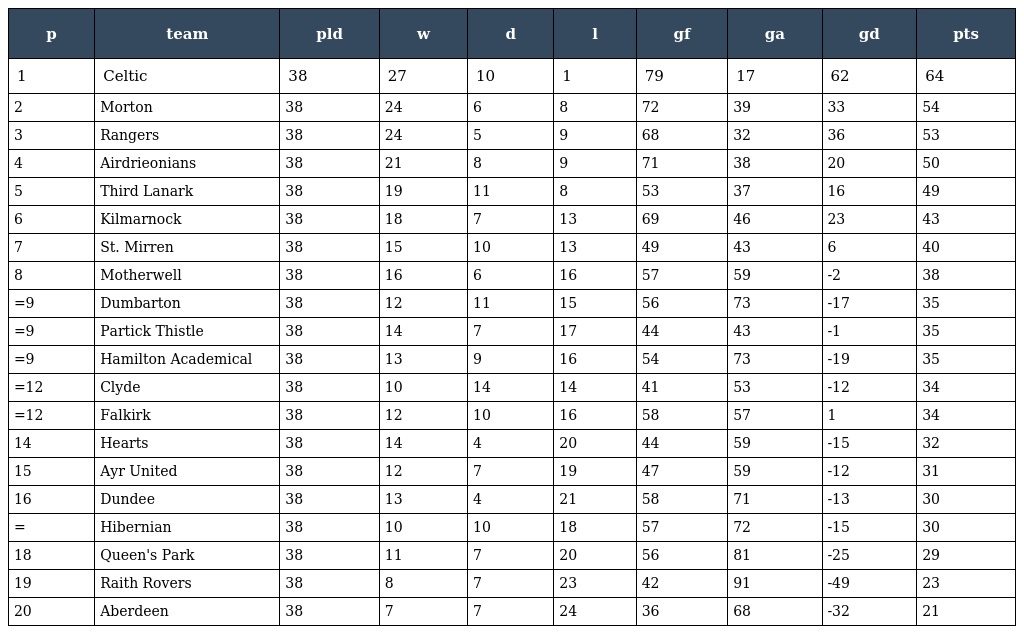
| p | team | pld | w | d | l | gf | ga | gd | pts |
 | --- | --- | --- | --- | --- | --- | --- | --- | --- | --- |
 | 1 | Celtic | 38 | 27 | 10 | 1 | 79 | 17 | 62 | 64 |
 | 2 | Morton | 38 | 24 | 6 | 8 | 72 | 39 | 33 | 54 |
 | 3 | Rangers | 38 | 24 | 5 | 9 | 68 | 32 | 36 | 53 |
 | 4 | Airdrieonians | 38 | 21 | 8 | 9 | 71 | 38 | 20 | 50 |
 | 5 | Third Lanark | 38 | 19 | 11 | 8 | 53 | 37 | 16 | 49 |
 | 6 | Kilmarnock | 38 | 18 | 7 | 13 | 69 | 46 | 23 | 43 |
 | 7 | St. Mirren | 38 | 15 | 10 | 13 | 49 | 43 | 6 | 40 |
 | 8 | Motherwell | 38 | 16 | 6 | 16 | 57 | 59 | -2 | 38 |
 | =9 | Dumbarton | 38 | 12 | 11 | 15 | 56 | 73 | -17 | 35 |
 | =9 | Partick Thistle | 38 | 14 | 7 | 17 | 44 | 43 | -1 | 35 |
 | =9 | Hamilton Academical | 38 | 13 | 9 | 16 | 54 | 73 | -19 | 35 |
 | =12 | Clyde | 38 | 10 | 14 | 14 | 41 | 53 | -12 | 34 |
 | =12 | Falkirk | 38 | 12 | 10 | 16 | 58 | 57 | 1 | 34 |
 | 14 | Hearts | 38 | 14 | 4 | 20 | 44 | 59 | -15 | 32 |
 | 15 | Ayr United | 38 | 12 | 7 | 19 | 47 | 59 | -12 | 31 |
 | 16 | Dundee | 38 | 13 | 4 | 21 | 58 | 71 | -13 | 30 |
 | = | Hibernian | 38 | 10 | 10 | 18 | 57 | 72 | -15 | 30 |
 | 18 | Queen's Park | 38 | 11 | 7 | 20 | 56 | 81 | -25 | 29 |
 | 19 | Raith Rovers | 38 | 8 | 7 | 23 | 42 | 91 | -49 | 23 |
 | 20 | Aberdeen | 38 | 7 | 7 | 24 | 36 | 68 | -32 | 21 |